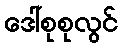
ဒေါ်စုစုလွင်